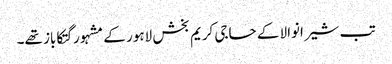
تب شیرانوالا کے حاجی کریم بخش لاہور کے مشہور گتکاباز تھے۔